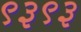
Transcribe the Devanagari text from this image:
९३९३